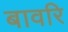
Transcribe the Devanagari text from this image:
बावरि